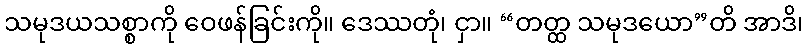
သမုဒယသစ္စာကို ဝေဖန်ခြင်းကို။ ဒေဿတုံ၊ ငှာ။ “တတ္ထ သမုဒယော”တိ အာဒိ၊